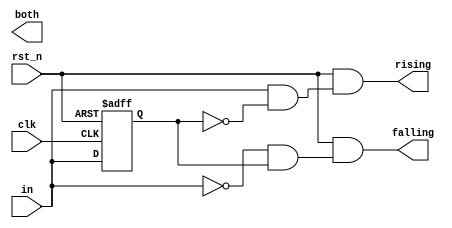
module edge_detect#(
   parameter REGISTER_OUTPUTS = 1'b0
)(
    input clk,
    input rst_n,
    input in,
    output rising,
    output falling,
    output both
);
    reg in_delay;
    always@(posedge clk or negedge rst_n)begin
        if(!rst_n)
            in_delay <= 0;
        else
            in_delay <= in; 
    end

    wire rising_comb;
    wire falling_comb;
    wire both_comb;

    assign rising_comb = rst_n && (in && ~in_delay);
    assign falling_comb = rst_n && (~in && in_delay);
    assign both_comb = rst_n && (rising_comb || falling_comb);

    if(REGISTER_OUTPUTS == 0)begin
        assign rising = rst_n && (in && ~in_delay);
        assign falling = rst_n && (~in && in_delay);
        assign both_comb = rst_n && (rising || falling);
    end
    else begin
        reg rising;
        reg falling;
        reg both;
        always@(posedge clk or negedge rst_n)begin
            if(!rst_n)begin
                rising = 0;
                falling = 0;
                both = 0;
            end
            else begin
                rising = rising_comb;
                falling = falling_comb;
                both = both_comb; 
            end
        end
    end

endmodule